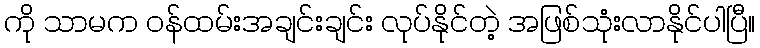
ကို သာမက ဝန်ထမ်းအချင်းချင်း လုပ်နိုင်တဲ့ အဖြစ်သုံးလာနိုင်ပါပြီ။